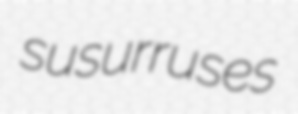
susurruses